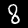
Digit: 8